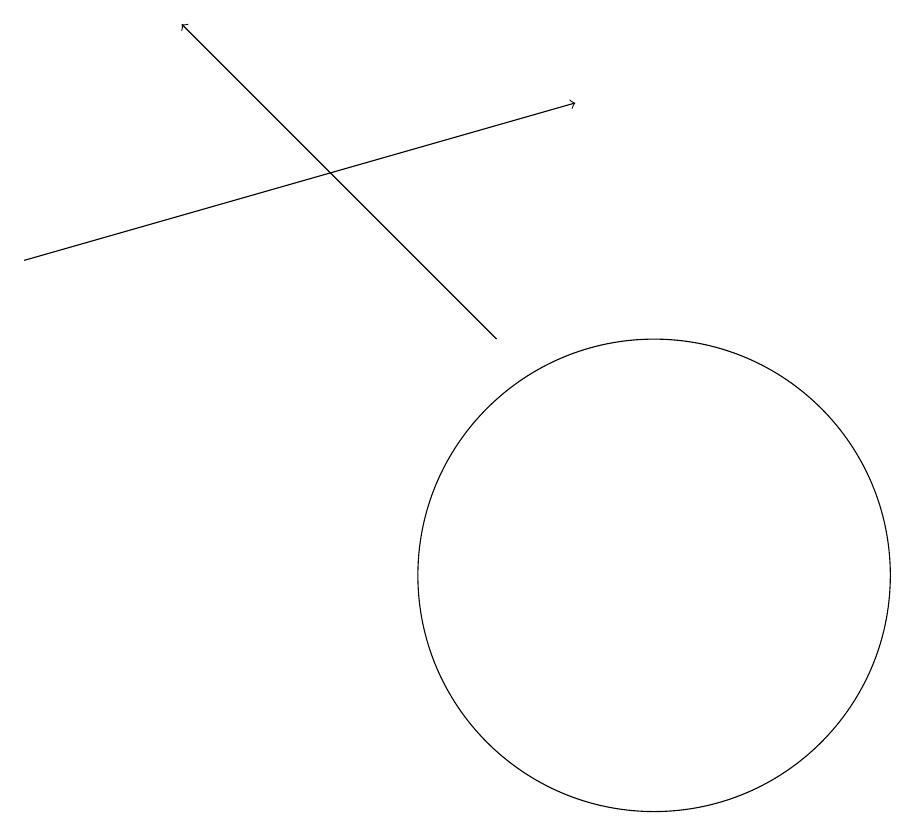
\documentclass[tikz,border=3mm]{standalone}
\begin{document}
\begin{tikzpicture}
\draw[->] (8,15) -- (4,19);
\draw[->] (2,16) -- (9,18);
\draw (10,12) circle (3);
\draw (10,11) circle (0);
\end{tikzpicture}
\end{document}